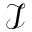
\mathcal { I }